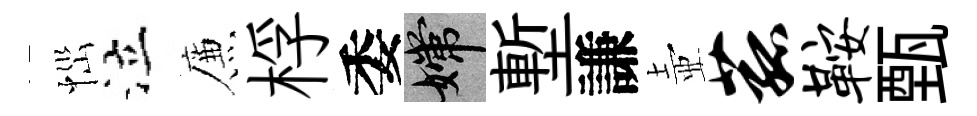
𢙉泣簾桴委嫦塹謙壺菰鞍甄